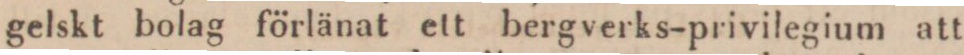
gelskt bolag förlänat ett bergverks-privilegium att